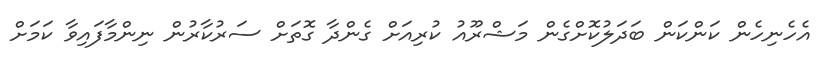
އެހެނިހެން ކަންކަން ބަދަލުކޮށްގެން މަޝްރޫއު ކުރިއަށް ގެންދާ ގޮތަށް ސަރުކާރުން ނިންމާފައިވާ ކަމަށް